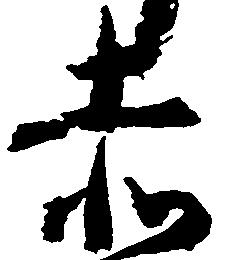
赤